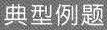
典型例题